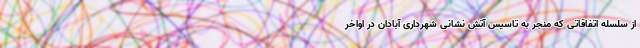
از سلسله اتفاقاتی که منجر به تاسیس آتش نشانی شهرداری آبادان در اواخر